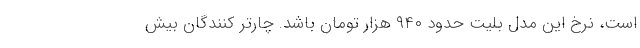
است، نرخ این مدل بلیت حدود ۹۴۰ هزار تومان باشد. چارتر کنندگان بیش